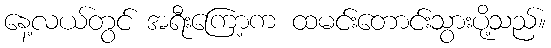
နေ့လယ်တွင် အရီးကြော့က ထမင်းတောင်းသွားပို့သည်။